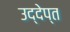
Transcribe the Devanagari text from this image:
उद्देप्त